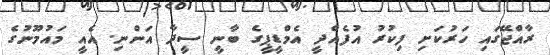
ރާއްޖޭގައި ހަރުކަށި ފިކުރު އުފެއްދީ އެމްޑީޕީގެ ބާނީ ސީދާ އަންނި. އެއީ މައުމޫނުގެ